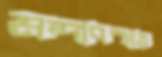
মন্দাবস্থায়